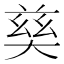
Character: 𡙛